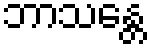
ဘာသန္တေ